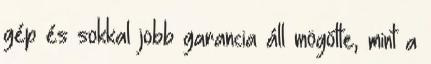
gép és sokkal jobb garancia áll mögötte, mint a